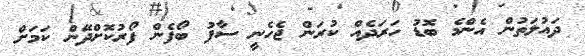
ދައުލަތުން އެންމެ ބޮޑު ހަރަދެއް ކުރަން ޖެހެނީ ސާފު ބޯފެން ފޯރުކޮށްދޭން ކަމަށް